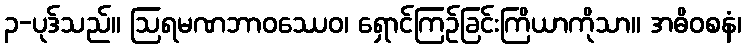
၃-ပုဒ်သည်။ ဩရမဏဘာဝဿေဝ၊ ရှောင်ကြဉ်ခြင်းကြိယာကိုသာ။ အဓိဝစနံ၊